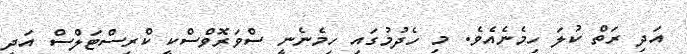
އަދި ރަތް ކުލަ ހިމެނެއެވެ. މި ހެދުމުގައި ހިމެނެނީ ސްވަރޮވްސްކީ ކްރިސްޓަލްސް އަދި